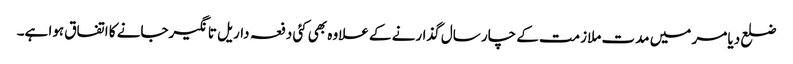
ضلع دیا مر میں مدت ملازمت کے چار سال گذارنے کے علاوہ بھی کئی دفعہ داریل تانگیرجانے کا اتفاق ہوا ہے۔